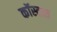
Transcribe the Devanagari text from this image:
कॉस्टास